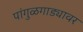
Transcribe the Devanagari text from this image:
पांगुळगाड्यावर